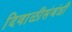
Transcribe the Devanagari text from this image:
दिवाळीसंबंधी